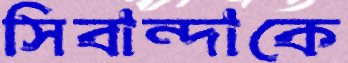
সিবান্দাকে